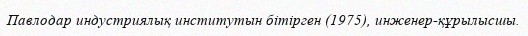
Павлодар индустриялық институтын бітірген (1975), инженер-құрылысшы.